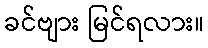
ခင်ဗျား မြင်ရလား။